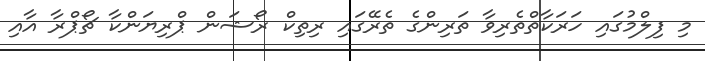
މި ފިލްމުގައި ހަރަކާތްތެރިވާ ތަރިންގެ ތެރޭގައި ރިތިކް ރޯޝަން ޕްރިޔަންކާ ޗޯޕްރާ އާއި